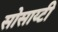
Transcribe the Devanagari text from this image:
सोसाय्टी